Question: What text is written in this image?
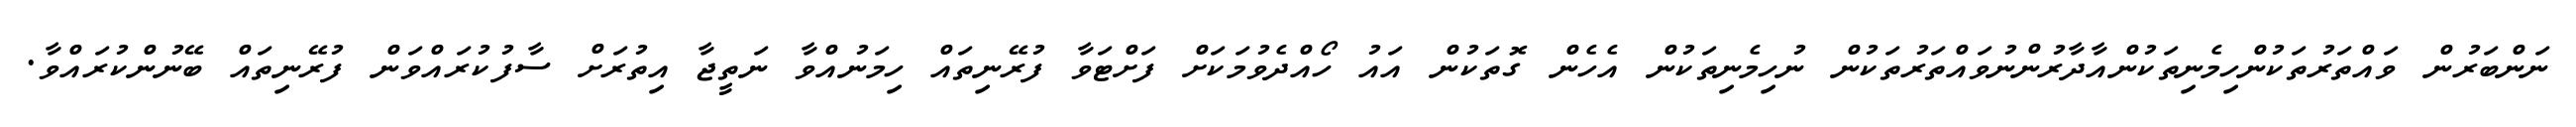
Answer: ނަންބަރުން ވައްތަރުތަކުންހިމެނިތަކުންއާދާރުންނުވައްތަރުތަކުން ނުހިމެނިތަކުން އެހެން ގޮތަކުން އައު ހޯއްދެވުމަކަށް ފަށްޓަވާ ފުރޭނިތައް ހިމަނުއްވާ ނަތީޖާ އިތުރަށް ސާފުކުރައްވަން ފުރޭނިތައް ބޭނުންކުރައްވާ.